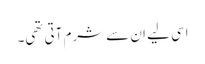
اسی لیے ان سے شرم آتی تھی۔